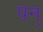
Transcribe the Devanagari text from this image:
पन्